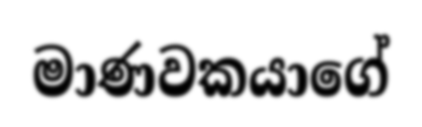
මාණවකයාගේ